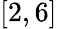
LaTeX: [2,6]